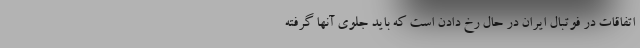
اتفاقات در فوتبال ایران در حال رخ دادن است که باید جلوی آنها گرفته